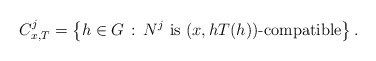
\begin{align*} C^j_{x,T} = \left\{h \in G\,:\, N^j\mbox{ is $(x,h T(h))$-compatible}\right\}. \end{align*}